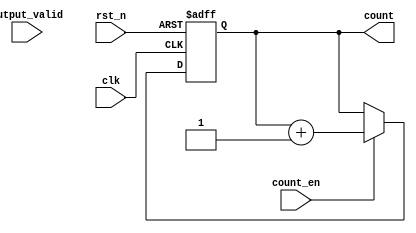
module synchronous_counter #(
    parameter N = 4          // Define the width of the counter (e.g., 4-bit, 8-bit)
) (
    input wire clk,          // Clock input
    input wire rst_n,       // Asynchronous reset (active low)
    input wire count_en,     // Count enable signal
    input wire output_valid,  // Output valid signal
    output reg [N-1:0] count // Current count output
);

    // Asynchronous reset logic
    always @(posedge clk or negedge rst_n) begin
        if (!rst_n) begin
            count <= 0;     // Reset the counter to zero
        end else if (count_en) begin
            count <= count + 1;  // Increment the counter
        end
    end

    // Output control logic
    always @(*) begin
        if (output_valid) begin
            // When output is valid, drive the count to output
            // (Note: output is already assigned to count in this case)
            // In more complex scenarios, you could have additional logic here.
        end else begin
            // When output is not valid, we can hold the previous state
            // In this simple design, count is directly driven, 
            // so no action needed here.
        end
    end

endmodule